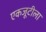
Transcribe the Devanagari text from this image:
एकजूटीला